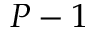
P - 1